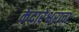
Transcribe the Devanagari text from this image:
केदारेश्वराचा